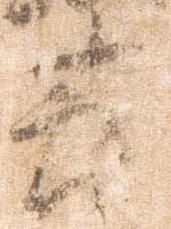
節